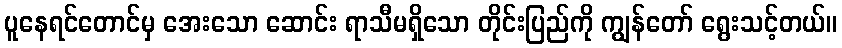
ပူနေရင်တောင်မှ အေးသော ဆောင်း ရာသီမရှိသော တိုင်းပြည်ကို ကျွန်တော် ရွေးသင့်တယ်။